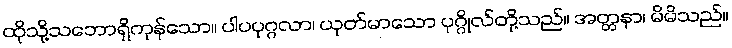
ထိုသို့သဘောရှိကုန်သော။ ပါပပုဂ္ဂလာ၊ ယုတ်မာသော ပုဂ္ဂိုလ်တို့သည်။ အတ္တနာ၊ မိမိသည်။